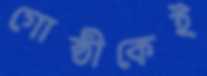
গোষ্ঠীকেই